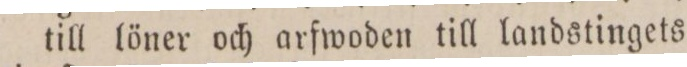
till löner och arfwoden till landstingets